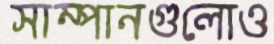
সাম্পানগুলোও